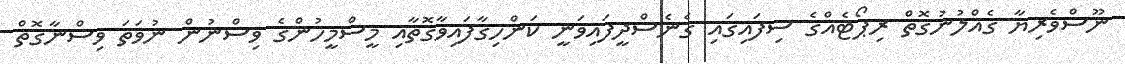
ނޫސްވެރިޔާ ގެއްލުނުގޮތް ރިޕޯޓެއްގެ ސިފައިގައި ގެނެސްދީފައިވަނީ ކަންހިގާފައިވާގޮތާއި މީސްމީހުންގެ ވިސްނުން ނުވަތަ ވިސްނާގޮތް